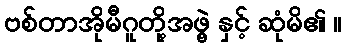
ဗစ်တာအိုမီဂူတို့အဖွဲ့ နှင့် ဆုံမိ၏ ။